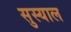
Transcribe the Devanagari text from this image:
सुस्याल